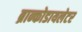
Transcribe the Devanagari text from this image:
ब्रान्कोडायलेटर